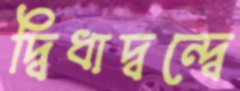
দ্বিধাদ্বন্দ্বে